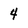
Character: 4